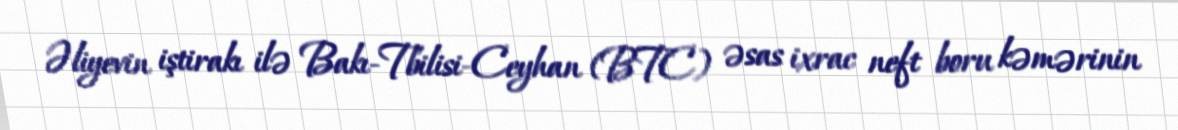
Əliyevin iştirakı ilə Bakı-Tbilisi-Ceyhan (BTC) əsas ixrac neft boru kəmərinin